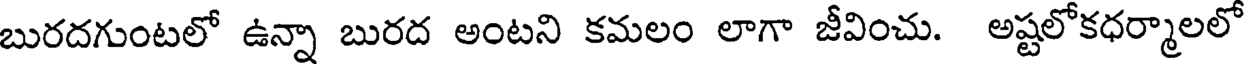
బురదగుంటలో ఉన్నా బురద అంటని కమలం లాగా జీవించు. అష్టలోకధర్మాలలో